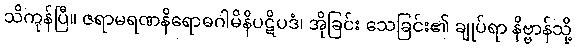
သိကုန်ပြီ။ ဇရာမရဏနိရောဓဂါမိနိပဋိပဒံ၊ အိုခြင်း သေခြင်း၏ ချုပ်ရာ နိဗ္ဗာန်သို့